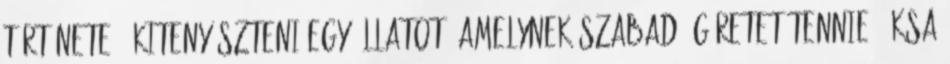
története. „Kitenyészteni egy állatot, amelynek szabad ígéretet tennie.” KSA